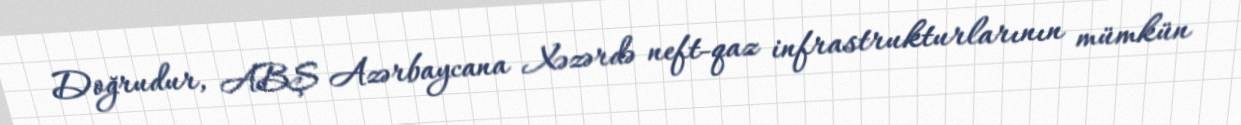
Doğrudur, ABŞ Azərbaycana Xəzərdə neft-qaz infrastrukturlarının mümkün